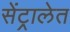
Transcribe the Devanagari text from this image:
सेंट्रालेत